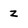
Character: z